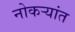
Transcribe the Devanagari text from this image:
नोकर्‍यांत